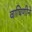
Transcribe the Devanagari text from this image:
वाघिणीने